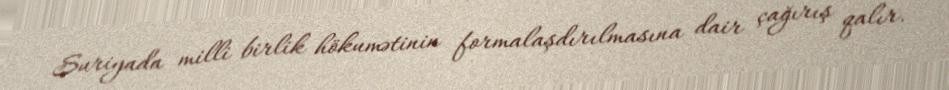
Suriyada milli birlik hökumətinin formalaşdırılmasına dair çağırış qalır.